Lunatic asylums in Bengal annual reports 1912-1924 - 1912-1924
Year: 1912
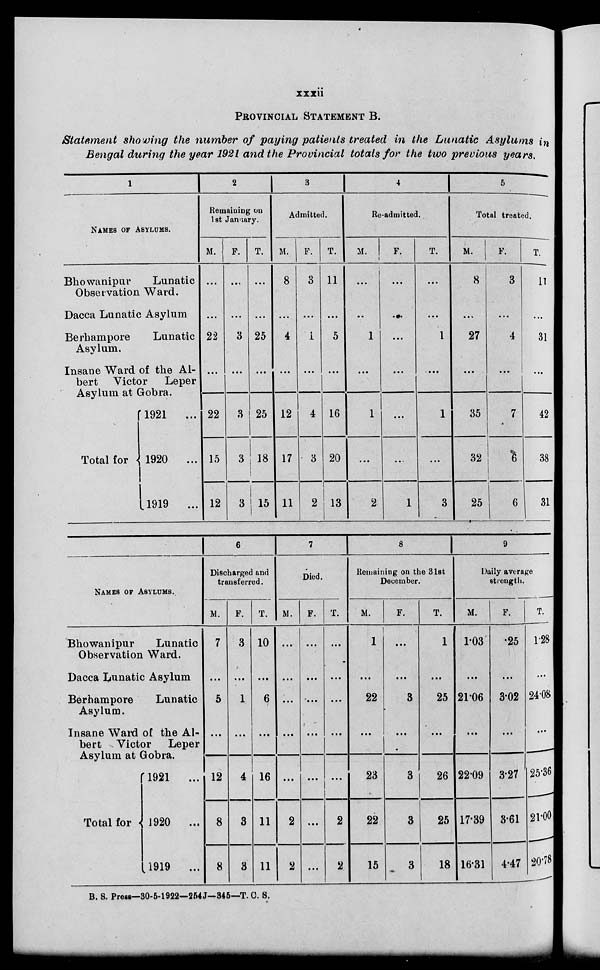
xxxii
PROVINCIAL STATEMENT B.
Statement showing the number of paying patients treated in the Lunatic Asylums in
Bengal during the year 1921 and the Provincial totals for the two previous years.
1
NAMES OF ASYLUMS.
Bhowanipur
Lunatic
Observation Ward.
Dacca Lunatic Asylum
Berhampore
Lunatic
Asylum.
Insane Ward of the Al-
bert Victor
Leper
Asy1um
at
Gobra.
Total for
1921
...
1920
...
1919
...
2
Remaining on
1st January.
M.
...
...
22
...
22
15
12
F.
...
...
3
...
3
3
3
T.
...
...
25
...
25
18
15
3
Admitted.
M.
8
...
4
...
12
17
11
F.
3
...
1
...
4
3
2
T.
11
...
5
...
16
20
13
4
Re-admitted.
M.
...
...
1
...
1
...
2
F.
...
...
...
...
...
...
1
T.
...
...
1
...
1
...
3
5
Total treated.
M.
8
...
27
...
35
32
25
F.
3
...
4
...
7
6
6
T.
11
...
31
...
42
38
31
NAMES OF ASYLUMS.
Bhowanipur
Lunatic
Observation Ward.
Dacca Lunatic Asylum
Berhampore
Lunatic
Asylum.
Insane Ward of the Al-
bert Victor
Leper
Asylum
at Gobra.
Total for
1921
...
1920
...
1919
...
6
Discharged and
transferred.
M.
7
...
5
...
12
8
8
F.
3
...
1
...
4
3
3
T.
10
...
6
...
16
11
11
7
Died.
M.
...
...
...
...
...
2
2
F.
...
...
...
...
...
...
...
T.
...
...
...
...
...
2
2
8
Remaining on the 31st
December.
M.
1
...
22
...
23
22
15
F.
...
...
3
...
3
3
3
T.
1
...
25
...
26
25
18
9
Daily average
strength.
M.
1.03
...
21.06
...
22.09
17.39
16.31
F.
.25
...
3.02
...
3.27
3.61
4.47
T.
1.28
...
24.08
...
25.36
21.00
20.78
B. S. Press—30-5-1922—254J—345—T. C. S.